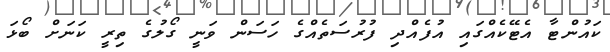
ކައުންޓާ އެޓޭކެއްގައި އުފެއްދި ފުރުސަތެއްގެ ހަސަން ވަނީ ގޯލުގެ ތިރީ ކަނަށް ބޯޅަ